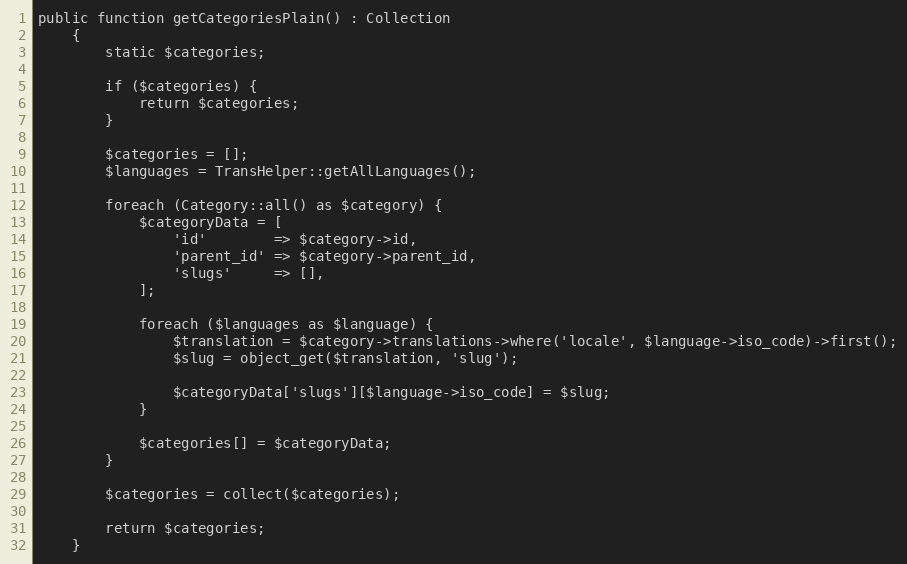
Language: PHP
public function getCategoriesPlain() : Collection
    {
        static $categories;

        if ($categories) {
            return $categories;
        }

        $categories = [];
        $languages = TransHelper::getAllLanguages();

        foreach (Category::all() as $category) {
            $categoryData = [
                'id'        => $category->id,
                'parent_id' => $category->parent_id,
                'slugs'     => [],
            ];

            foreach ($languages as $language) {
                $translation = $category->translations->where('locale', $language->iso_code)->first();
                $slug = object_get($translation, 'slug');

                $categoryData['slugs'][$language->iso_code] = $slug;
            }

            $categories[] = $categoryData;
        }

        $categories = collect($categories);

        return $categories;
    }